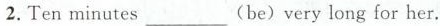
2.Ten minutes___(be)very long for her.